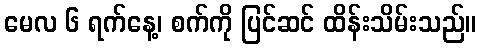
မေလ ၆ ရက်နေ့၊ စက်ကို ပြင်ဆင် ထိန်းသိမ်းသည်။